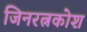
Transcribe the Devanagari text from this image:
जिनरत्नकोश